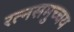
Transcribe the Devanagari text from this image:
रत्नसमुच्चय